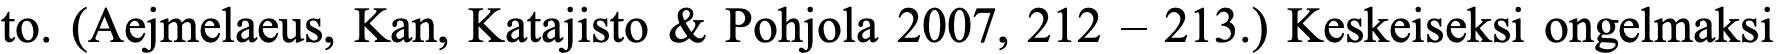
to. (Aejmelaeus, Kan, Katajisto & Pohjola 2007, 212 – 213.) Keskeiseksi ongelmaksi